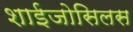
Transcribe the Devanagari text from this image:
शाईजोसिलस